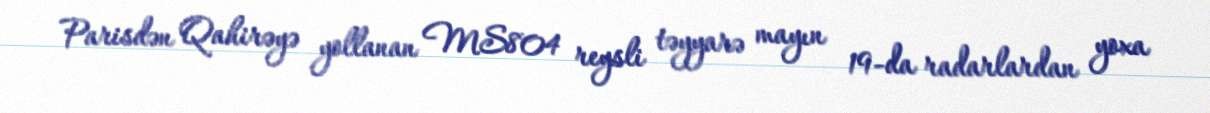
Parisdən Qahirəyə yollanan MS804 reysli təyyarə mayın 19-da radarlardan yoxa